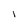
Character: I